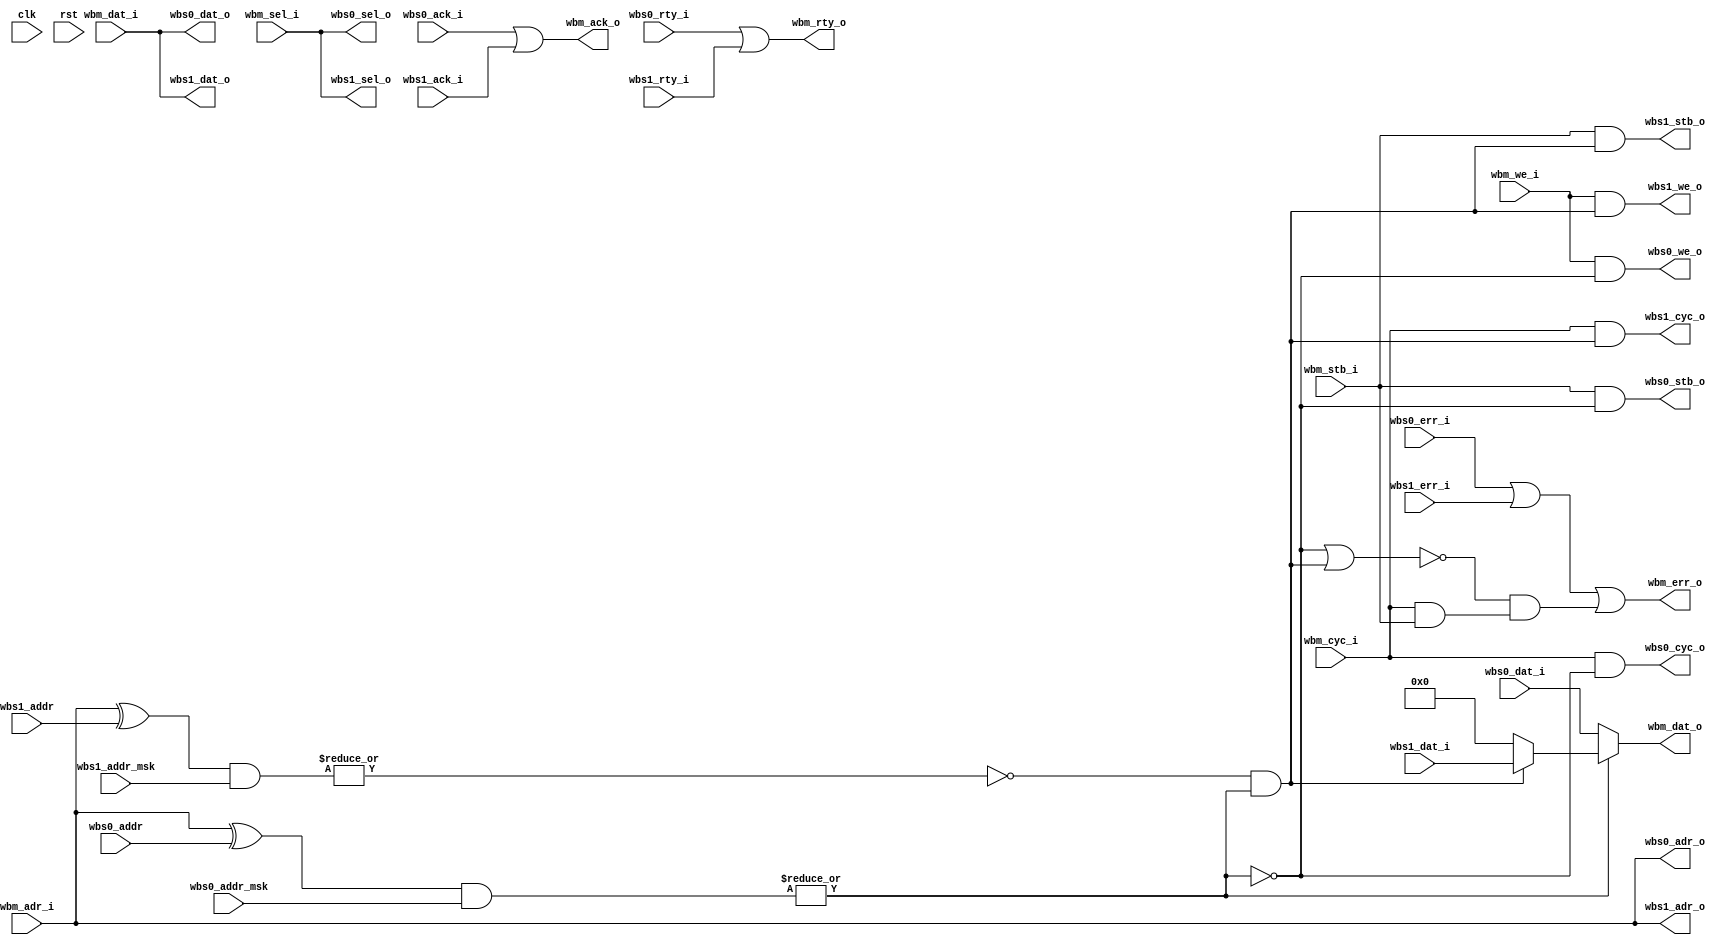
module wb_mux_2 #
(
    parameter DATA_WIDTH = 32,                    
    parameter ADDR_WIDTH = 32,                    
    parameter SELECT_WIDTH = (DATA_WIDTH/8)       
)
(
    input  wire                    clk,
    input  wire                    rst,
    input  wire [ADDR_WIDTH-1:0]   wbm_adr_i,     
    input  wire [DATA_WIDTH-1:0]   wbm_dat_i,     
    output wire [DATA_WIDTH-1:0]   wbm_dat_o,     
    input  wire                    wbm_we_i,      
    input  wire [SELECT_WIDTH-1:0] wbm_sel_i,     
    input  wire                    wbm_stb_i,     
    output wire                    wbm_ack_o,     
    output wire                    wbm_err_o,     
    output wire                    wbm_rty_o,     
    input  wire                    wbm_cyc_i,     
    output wire [ADDR_WIDTH-1:0]   wbs0_adr_o,    
    input  wire [DATA_WIDTH-1:0]   wbs0_dat_i,    
    output wire [DATA_WIDTH-1:0]   wbs0_dat_o,    
    output wire                    wbs0_we_o,     
    output wire [SELECT_WIDTH-1:0] wbs0_sel_o,    
    output wire                    wbs0_stb_o,    
    input  wire                    wbs0_ack_i,    
    input  wire                    wbs0_err_i,    
    input  wire                    wbs0_rty_i,    
    output wire                    wbs0_cyc_o,    
    input  wire [ADDR_WIDTH-1:0]   wbs0_addr,     
    input  wire [ADDR_WIDTH-1:0]   wbs0_addr_msk, 
    output wire [ADDR_WIDTH-1:0]   wbs1_adr_o,    
    input  wire [DATA_WIDTH-1:0]   wbs1_dat_i,    
    output wire [DATA_WIDTH-1:0]   wbs1_dat_o,    
    output wire                    wbs1_we_o,     
    output wire [SELECT_WIDTH-1:0] wbs1_sel_o,    
    output wire                    wbs1_stb_o,    
    input  wire                    wbs1_ack_i,    
    input  wire                    wbs1_err_i,    
    input  wire                    wbs1_rty_i,    
    output wire                    wbs1_cyc_o,    
    input  wire [ADDR_WIDTH-1:0]   wbs1_addr,     
    input  wire [ADDR_WIDTH-1:0]   wbs1_addr_msk  
);
wire wbs0_match = ~|((wbm_adr_i ^ wbs0_addr) & wbs0_addr_msk);
wire wbs1_match = ~|((wbm_adr_i ^ wbs1_addr) & wbs1_addr_msk);
wire wbs0_sel = wbs0_match;
wire wbs1_sel = wbs1_match & ~(wbs0_match);
wire master_cycle = wbm_cyc_i & wbm_stb_i;
wire select_error = ~(wbs0_sel | wbs1_sel) & master_cycle;
assign wbm_dat_o = wbs0_sel ? wbs0_dat_i :
                   wbs1_sel ? wbs1_dat_i :
                   {DATA_WIDTH{1'b0}};
assign wbm_ack_o = wbs0_ack_i |
                   wbs1_ack_i;
assign wbm_err_o = wbs0_err_i |
                   wbs1_err_i |
                   select_error;
assign wbm_rty_o = wbs0_rty_i |
                   wbs1_rty_i;
assign wbs0_adr_o = wbm_adr_i;
assign wbs0_dat_o = wbm_dat_i;
assign wbs0_we_o = wbm_we_i & wbs0_sel;
assign wbs0_sel_o = wbm_sel_i;
assign wbs0_stb_o = wbm_stb_i & wbs0_sel;
assign wbs0_cyc_o = wbm_cyc_i & wbs0_sel;
assign wbs1_adr_o = wbm_adr_i;
assign wbs1_dat_o = wbm_dat_i;
assign wbs1_we_o = wbm_we_i & wbs1_sel;
assign wbs1_sel_o = wbm_sel_i;
assign wbs1_stb_o = wbm_stb_i & wbs1_sel;
assign wbs1_cyc_o = wbm_cyc_i & wbs1_sel;
endmodule